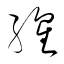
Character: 腥